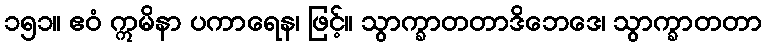
၁၅၁။ ဧဝံ ဣမိနာ ပကာရေန၊ ဖြင့်။ သွာက္ခာတတာဒိဘေဒေ၊ သွာက္ခာတတာ